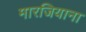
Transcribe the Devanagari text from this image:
मारजियाना